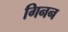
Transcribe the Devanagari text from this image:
गिनन